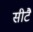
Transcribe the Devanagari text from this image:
सीटै